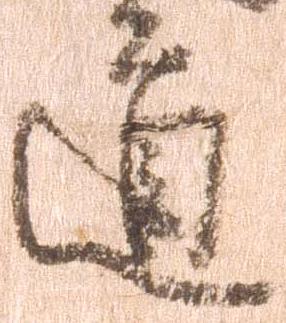
道